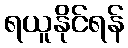
ရယူနိုင်ရန်